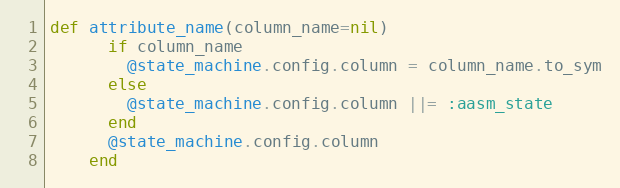
Language: Ruby
def attribute_name(column_name=nil)
      if column_name
        @state_machine.config.column = column_name.to_sym
      else
        @state_machine.config.column ||= :aasm_state
      end
      @state_machine.config.column
    end